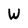
Character: W